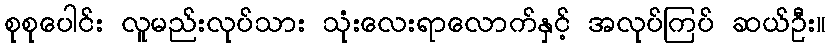
စုစုပေါင်း လူမည်းလုပ်သား သုံးလေးရာလောက်နှင့် အလုပ်ကြပ် ဆယ်ဦး။